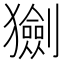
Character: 𤢾